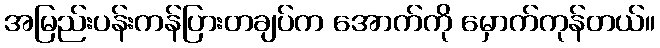
အမြည်းပန်းကန်ပြားတချပ်က အောက်ကို မှောက်ကုန်တယ်။